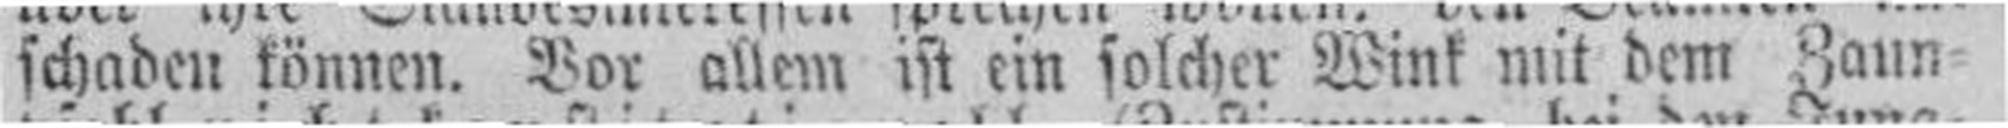
schaden können. Vor allem ist ein solcher Wink mit dem Zaun¬